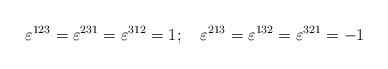
LaTeX: \begin{align*}\varepsilon^{123}=\varepsilon^{231}=\varepsilon^{312}=1;~~~\varepsilon^{213}=\varepsilon^{132}=\varepsilon^{321}=-1\end{align*}